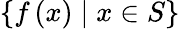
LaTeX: \left\{ f\left(x\right)\mid x\in S\right\}